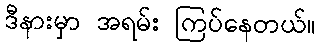
ဒီနားမှာ အရမ်း ကြပ်နေတယ်။